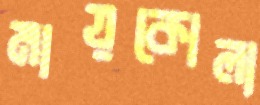
মায়কোলা